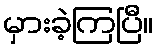
မှားခဲ့ကြပြီ။